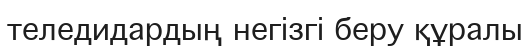
теледидардың негізгі беру құралы